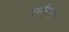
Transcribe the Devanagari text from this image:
वर्णनात्